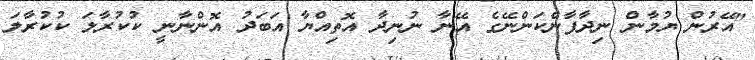
"އޭރުން ޔުމާން ނިދާފާނެކަންނޭގެ އޭނާ ނުނިދާ އޮތިއްޔާ އަބަދު އޮންނާނީ ކުކުރާލަ ކުކުރާލަ